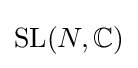
\operatorname {SL} (N,\mathbb {C} )